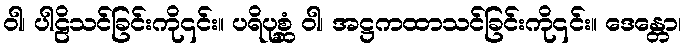
ဝါ၊ ပါဠိသင်ခြင်းကို၎င်း။ ပရိပုစ္ဆံ ဝါ၊ အဋ္ဌကထာသင်ခြင်းကို၎င်း။ ဒေန္တော၊